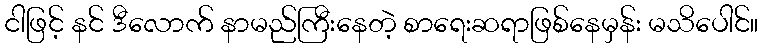
ငါဖြင့် နင် ဒီလောက် နာမည်ကြီးနေတဲ့ စာရေးဆရာဖြစ်နေမှန်း မသိပေါင်။